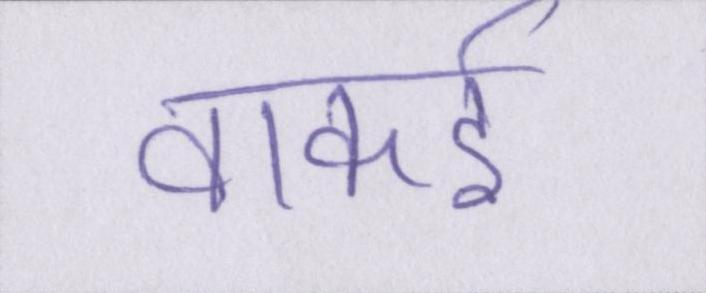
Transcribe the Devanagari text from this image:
वाकई